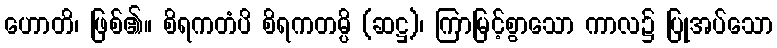
ဟောတိ၊ ဖြစ်၏။ စိရကတံပိ စိရကတမ္ပိ (ဆဋ္ဌ)၊ ကြာမြင့်စွာသော ကာလ၌ ပြုအပ်သော